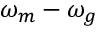
\omega _ { m } - \omega _ { g }